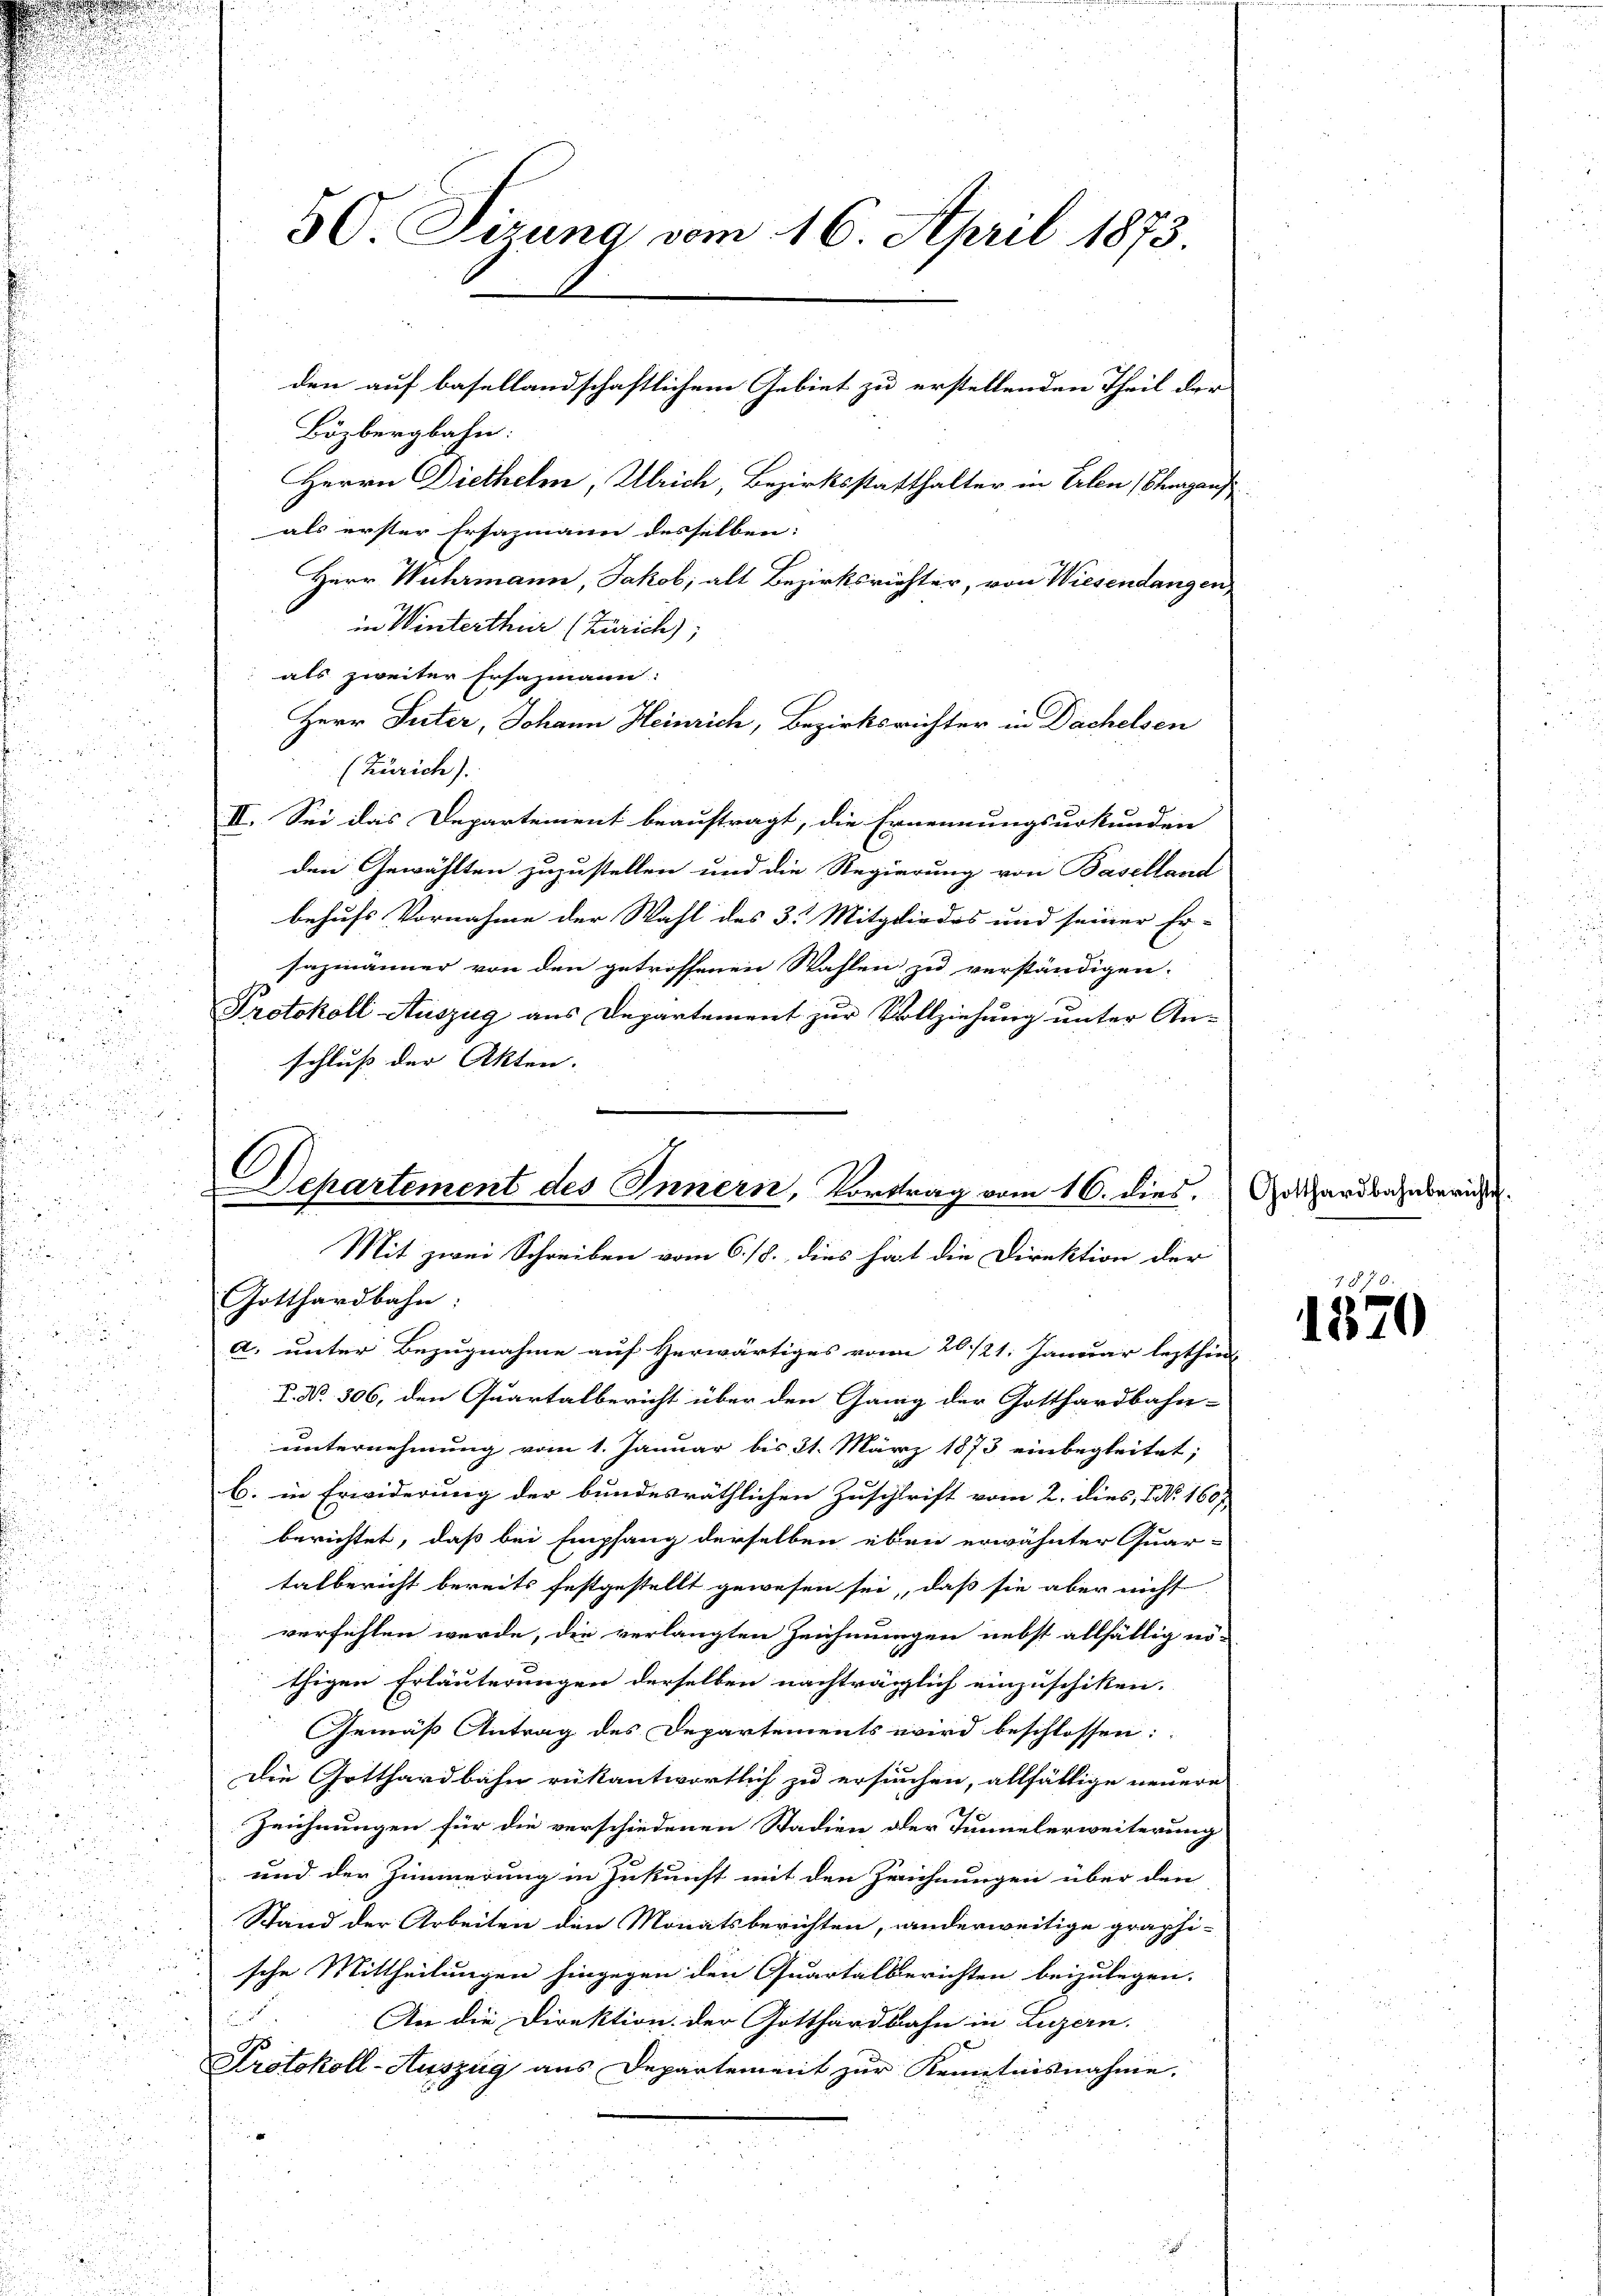
30 Sirung vom 16. April 1873
den auf basellandschaftlichem Gebiet zu erstellenden Theil der
Bözbergbahn:
Herrn Diethelm, Ulrich, Bezirksstatthalter in Erlen (Starzaus

als erster Ersazmann desselben:
.
Herr Wuhrmann, Jakob, alt Bezirksrichter, von Wiesendangen
.
in Winterthur (Zürich),
s
u
als zweiter Ersazmann:

Herr Suter, Johann Heinrich, Bezirksrichter in Dächelsen
(Zürich).

II. Sei das Departement beauftragt, die Ernennungsurkunden
28 x
den Gewählten zuzustellen und die Regierung von Baselland
u
behufs Vornahme der Wahl des 3. Mitgliedes und seiner Er-
d
sazmänner von den getroffenen Wahlen zu verständigen.
 2
Protokoll Auszug aus Departement zur Vollziehung unter Anschluß der Akten.
d

2
.
Gotthardbahn:
d
.
a. unter Bezugnahme auf Herwärtiges vom 20./21. Januar lezthin

B. No. 506, den Quartalbericht über den Gang der Gotthardbahn-
5
unternehmung vom 1. Januar bis 31. März 1873 einbegleitet;
u

b. in Erwiderung der bundesräthlichen Zuschrift vom 2. dies, No. 1607,

berichtet, daß bei Empfang derselben eben erwähnter Quar-

talbericht bereits festgestellt gewesen sei, daß sie aber nicht

verfehlen werde, die verlangten Zeichnungen nebst allfällig nö-
u

thigen Erläuterungen derselben nachträglich einzuschiken.
Gemäß Antrag des Departements wird beschlossen:
Die Gotthardbahn rükantwortlich zu ersuchen, allfällige neuere
u

Zeichnungen für die verschiedenen Stadien der Tunnelerweiterung
d
u
und der Zimmerung in Zukunft mit den Zeichnungen über den

Stand der Arbeiten den Monatsberichten, anderweitige graphi-
2
sche Mittheilungen hingegen den Quartalberichten beizulegen.

An die Direktion der Gotthardbahn in Luzern.
e
Protokoll-Auszug aus Departement zur Kenntnisnahme.

O
Departement des Innern, Vortrag vom 16. dies
Mit zwei Schreiben vom 6./8. dies hat die Direktion der

Gotthardbahnbericht

1870